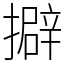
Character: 擗